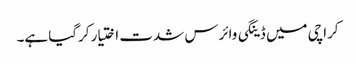
کراچی میں ڈینگی وائرس شدت اختیار کرگیا ہے۔